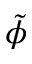
\tilde { \phi }